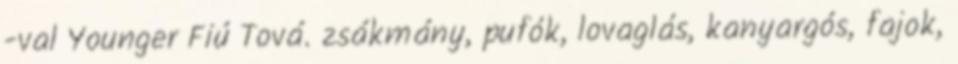
-val Younger Fiú Tová. zsákmány, pufók, lovaglás, kanyargós, fajok,